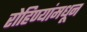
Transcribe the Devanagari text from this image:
रोहिण्यांमधून